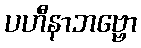
ပဟီနာဘဗ္ဗော